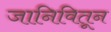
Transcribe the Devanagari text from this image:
जानिवितून